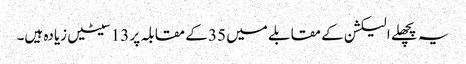
یہ پچھلے الیکشن کے مقابلے میں 35 کے مقابلہ پر 13 سیٹیں زیادہ ہیں۔